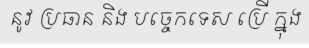
នូវ ប្រធាន និង បច្ចេកទេស ប្រើ ក្នុង